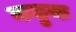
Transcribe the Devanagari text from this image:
कछुक